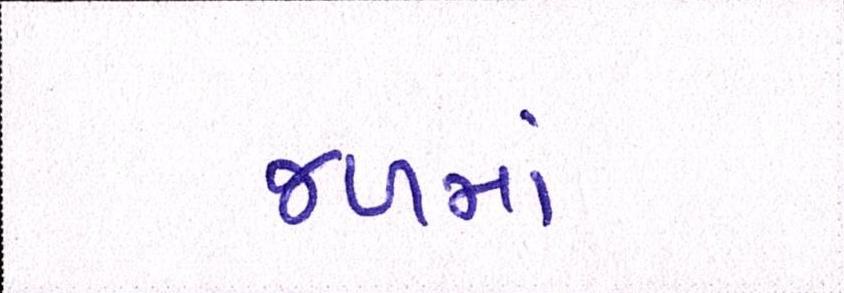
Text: જળમાં